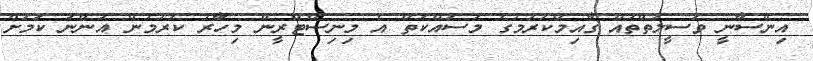
އިންސާނީ ވަސީލަތްތައް ގާއިމްކުރުމުގެ މަސައްކަތް އެ މިނިސްޓްރީން މިހާރު ކުރަމުން އަންނަ ކަމަށް